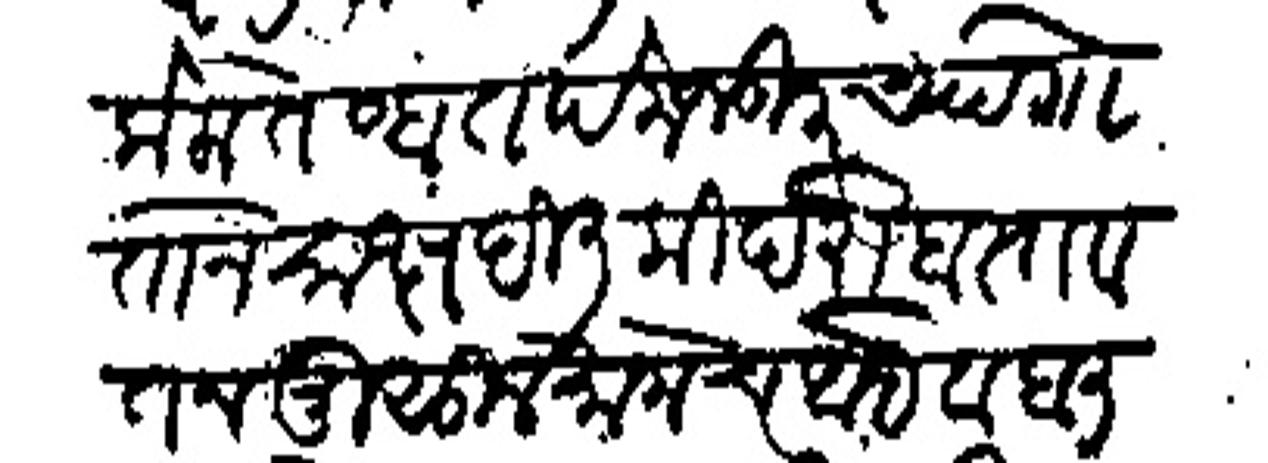
Transliteration (Devanagari): केला तेव्हा तपे मजकुरच्या गोताने साक्ष दिली की दरोबस्त वतन मुसुलमानाचे आहे व हाली